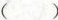
()